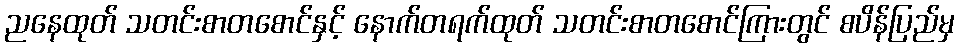
ညနေထုတ် သတင်းစာတစောင်နှင့် နောက်တရက်ထုတ် သတင်းစာတစောင်ကြားတွင် စပိန်ပြည်မှ